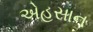
એહસાન